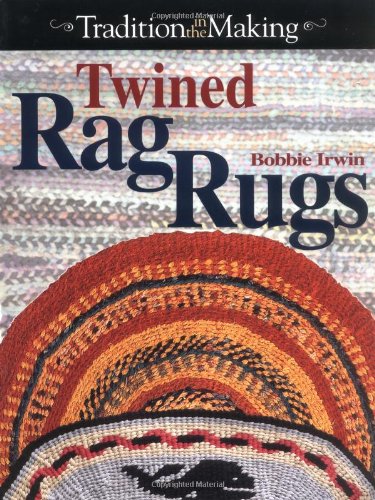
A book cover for Twined Rag Rugs: Tradition in the Making; Bobbie Irwin; Crafts, Hobbies & Home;